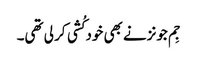
جِم جونزنے بھی خود کُشی کر لی تھی۔